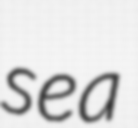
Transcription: sea